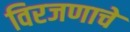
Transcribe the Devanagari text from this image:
विरजणाचे